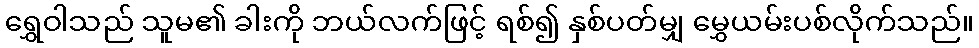
ရွှေဝါသည် သူမ၏ ခါးကို ဘယ်လက်ဖြင့် ရစ်၍ နှစ်ပတ်မျှ မွှေယမ်းပစ်လိုက်သည်။